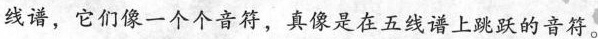
线谱，它们像一个个音符，真像是在五线谱上跳跃的音符。